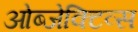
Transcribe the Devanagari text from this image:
ओब्जेक्टिव्स